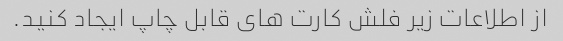
از اطلاعات زیر فلش کارت های قابل چاپ ایجاد کنید.